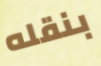
بنقله